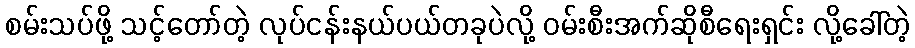
စမ်းသပ်ဖို့ သင့်တော်တဲ့ လုပ်ငန်းနယ်ပယ်တခုပဲလို့ ဝမ်းစီးအက်ဆိုစီရေးရှင်း လို့ခေါ်တဲ့